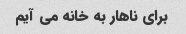
برای ناهار به خانه می آیم